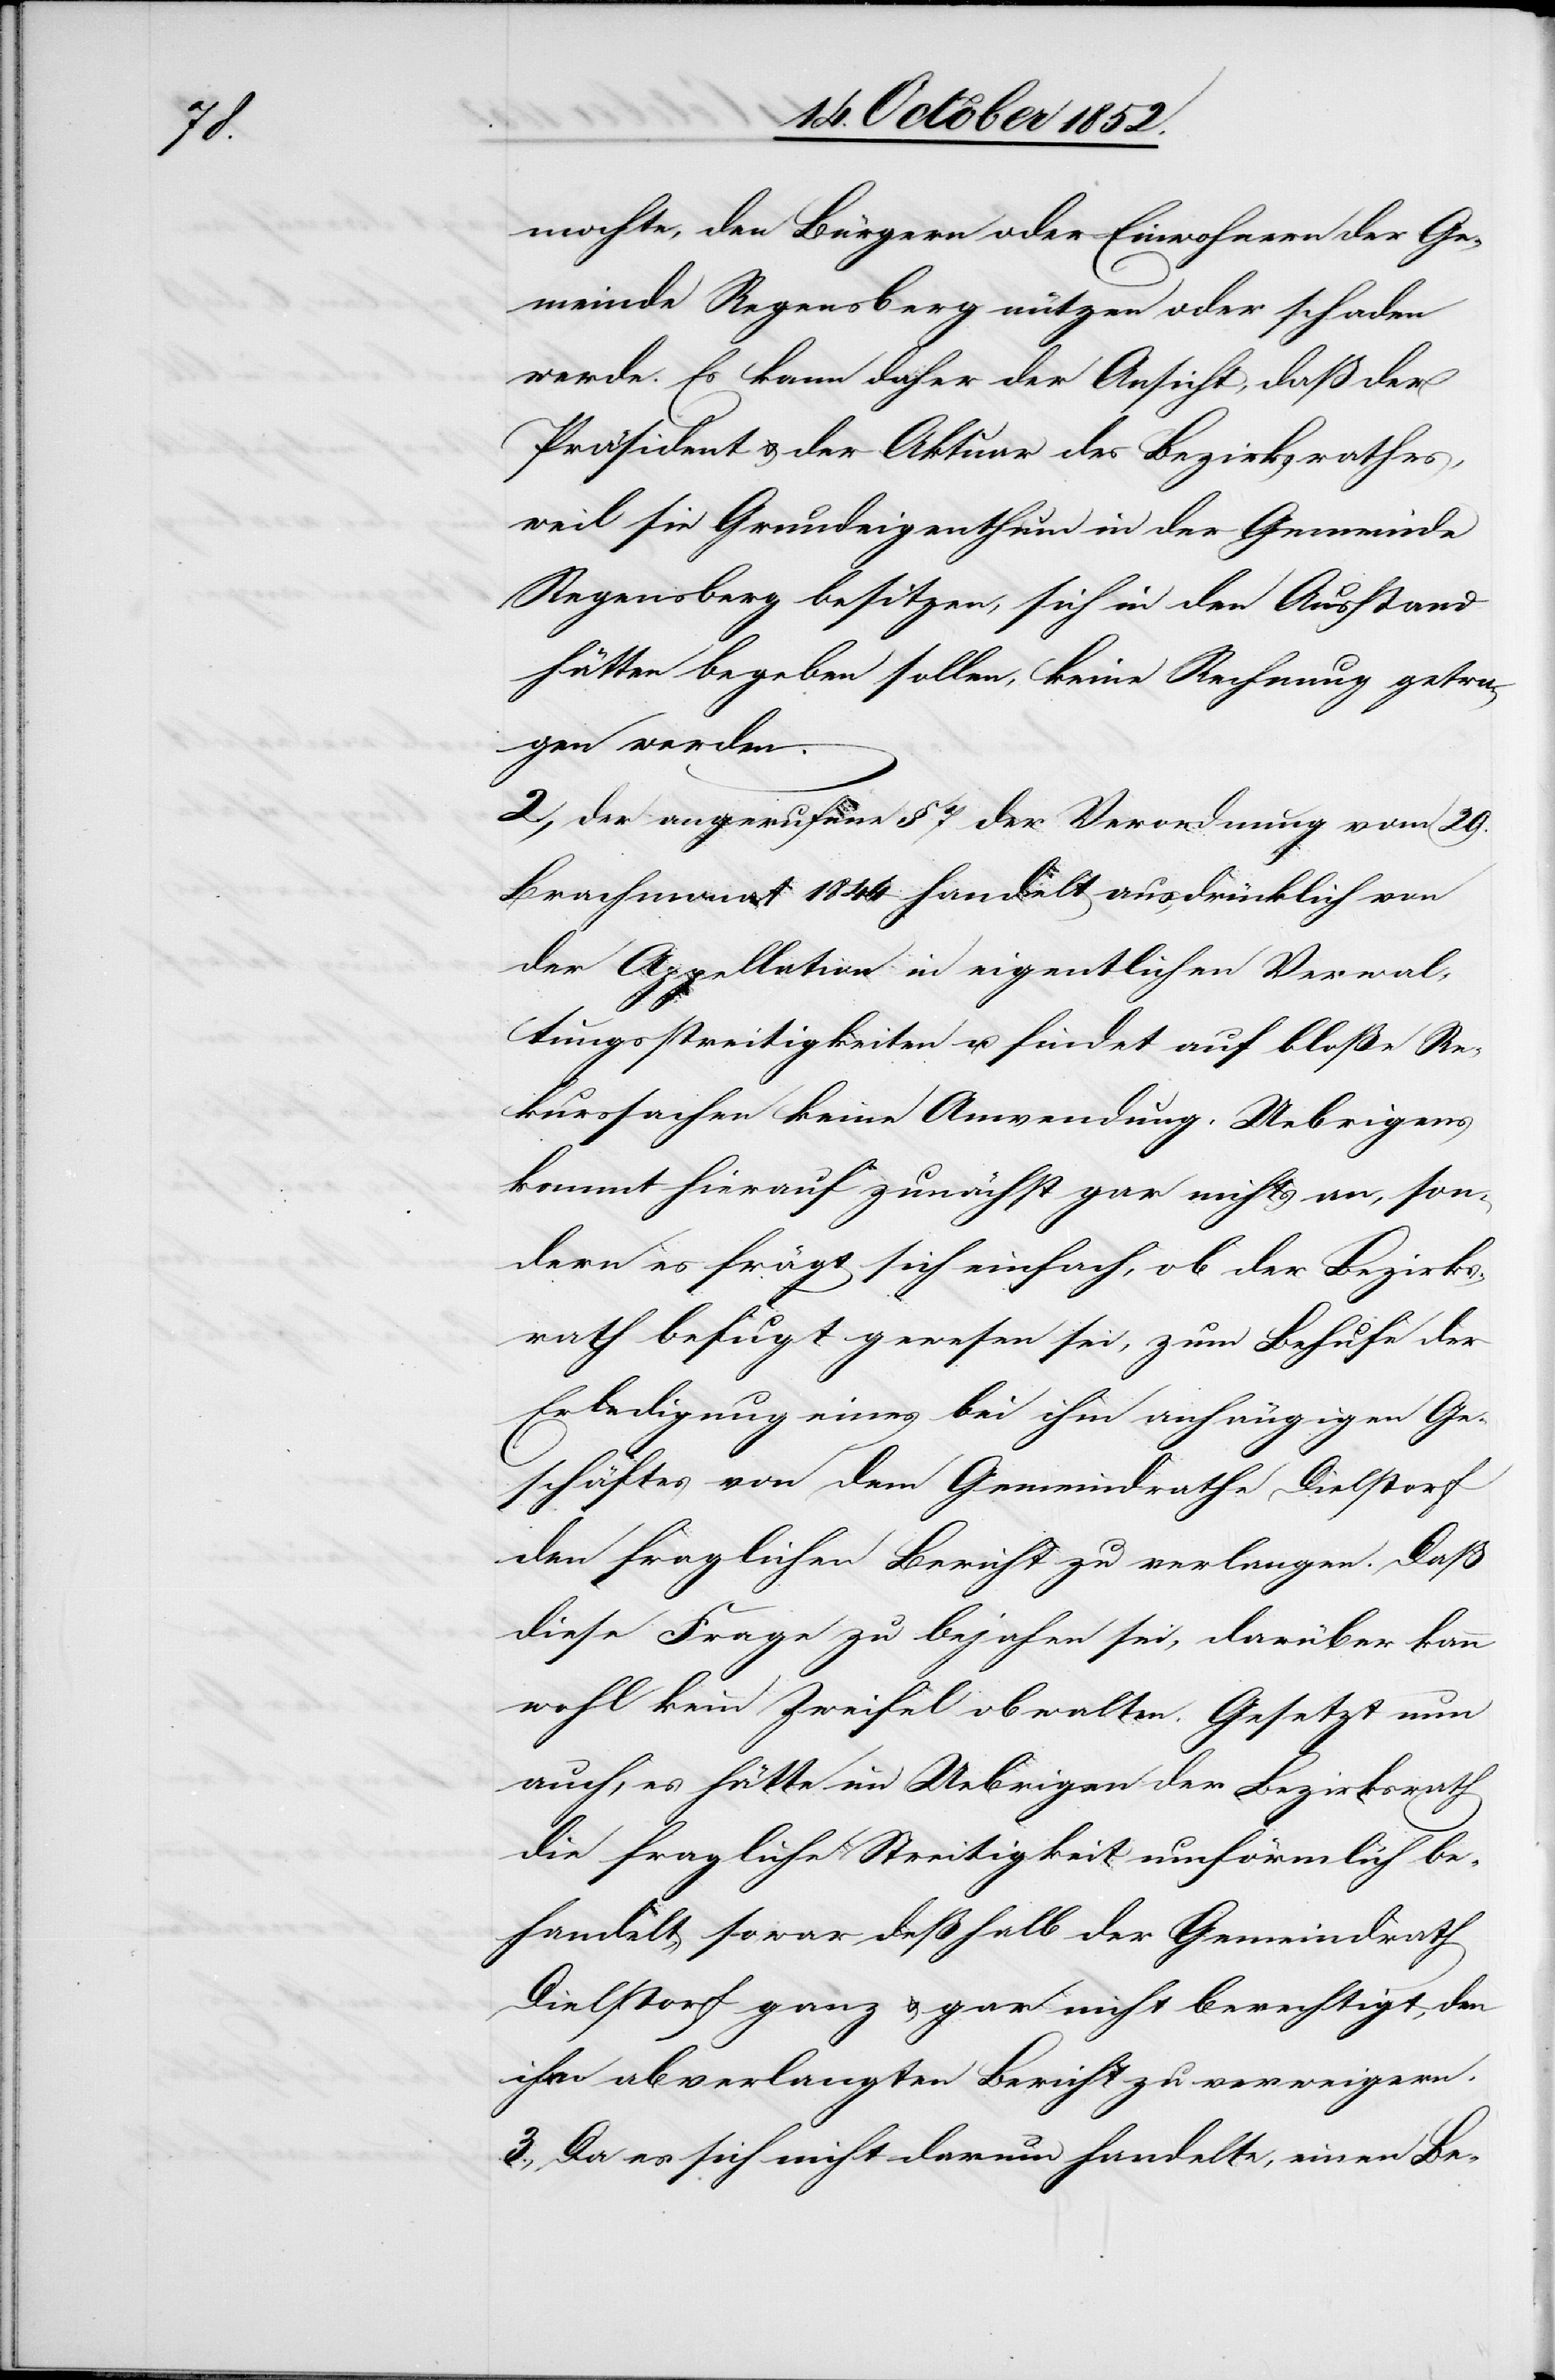
be¬

mochte, den Bürgern oder Einwohnern der Ge¬
meinde Regensberg nützen oder schaden
werde. Es kann daher der Ansicht, daß der
Präsident & der Aktuar des Bezirksrathes,
weil sie Grundeigenthum in der Gemeinde
Regensberg besitzen, sich in den Ausstand
hätten begeben sollen, keine Rechnung getra¬
gen werden.
2., der angerufene § 7. der Verordnung vom 29.
Brachmonat 1844 handelt ausdrücklich von
der Appellation in eigentlichen Verwal¬
tungsstreitigkeiten u. findet auf bloße Re¬
kurssachen keine Anwendung. Uebrigens
kommt hierauf zunächst gar nichts an, son¬
dern es frägt sich einfach, ob der Bezirks¬
rath befugt gewesen sei, zum Behufe der
Erledigung eines bei ihm anhängigen Ge¬
schäftes von dem Gemeindrathe Dielstorf
den fraglichen Bericht zu verlangen. Daß
diese Frage zu bejahen sei, darüber kann
wohl kein Zweifel obwalten. Gesetzt nun
auch, es hätte im Uebrigen der Bezirksrath
die fragliche Streitigkeit umförmlich [re¬
handelt, so war deßhalb der Gemeindrath
Dielstorf ganz & gar nicht berechtigt, den
ihm abverlangten Bericht zu verweigern.
3., Da es sich nicht darum handelte, einen Be-